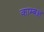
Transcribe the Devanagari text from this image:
काम्बक्ष